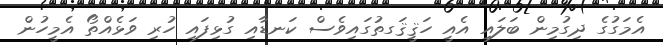
އެމަގުގެ ދިގުމިން ބަލައި އެއީ ހަޤީޤަގތުގައިވެސް ކަނޑާއި ގުޅިފައި ހުރި ވަޅެއްތޯ އެމީހުން